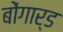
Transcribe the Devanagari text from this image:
बोंगार्ड